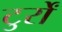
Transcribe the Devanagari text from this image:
टुर्रों